Medical and sanitary report of the native army of Madras for the year
Year: 1878
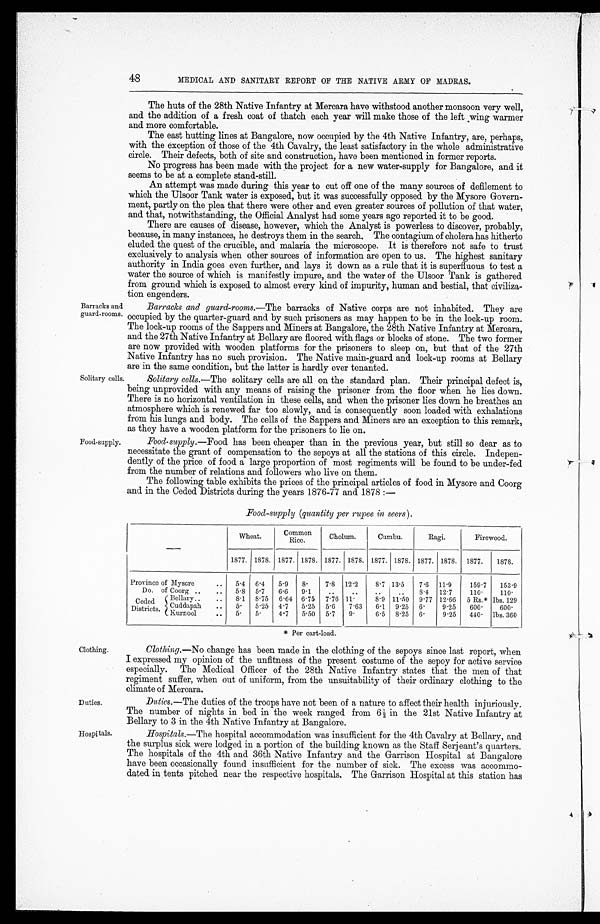
Barracks and
guard-rooms.
Solitary cells
Food-supply.
48
MEDICAL AND SANITARY REPORT OF THE NATIVE ARMY OF MADRAS.
The huts of the 28th Native Infantry at Mercara have withstood another monsoon very well,
and the addition of a fresh coat of thatch each year will make those of the left wing warmer
and more comfortable.
The east hutting lines at Bangalore, now occupied by the 4th Native Infantry, are, perhaps,
with the exception of those of the 4th Cavalry, the least satisfactory in the whole administrative
circle. Their defects, both of site and construction, have been mentioned in former reports.
No progress has been made with the project for a new water-supply for Bangalore, and it
seems to be at a complete stand-still.
An attempt was made during this year to cut off one of the many sources of defilement to
which the Ulsoor Tank water is exposed, but it was successfully opposed by the Mysore Govern-
- m e n t , p a r t l y o n t h e p l e a t h a t t h e r e w e r e o t h e r a n d e v e n g r e a t e r s o u r c e s o f p o l l u t i o n o f t h a t w a t e r ,
and that, notwithstanding, the Official Analyst had some years ago reported it to be good.
There are causes of disease, however, which the Analyst is powerless to discover, probably,
because, in many instances, he destroys them in the search. The contagium of cholera has hitherto
eluded the quest of the crucible, and malaria the microscope. It is therefore not safe to trust
exclusively to analysis when other sources of information are open to us. The highest sanitary
authority in India goes even further, and lays it down as a rule that it is superfluous to test a
water the source of which is manifestly impure, and the water of the Ulsoor Tank is gathered
from ground which is exposed to almost every kind of impurity, human and bestial, that civiliz-a-
tion engenders.
Barracks and guard-rooms.—The barracks of Native corps are not inhabited. They are
occupied by the quarter-guard and by such prisoners as may happen to be in the lock-up room.
The lock-up rooms of the Sappers and Miners at Bangalore, the 28th Native Infantry at Mercara,
and the 27th Native Infantry at Bellary are floored with flags or blocks of stone. The two former
are now provided with wooden platforms for the prisoners to sleep on, but that of the 27th
Native Infantry has no such provision. The Native main-guard and lock-up rooms at Bellary
are in the same condition, but the latter is hardly ever tenanted.
Solitary cells.— The solitary cells are all on the standard plan. Their principal defect is,
being unprovided with any means of raising the prisoner from the floor when he lies down.
There is no horizontal ventilation in these cells, and when the prisoner lies down he breathes an
atmosphere which is renewed far too slowly, and is consequently soon loaded with exhalations
from his lungs and body. The cells of the Sappers and Miners are an exception to this remark,
as they have a wooden platform for the prisoners to lie on.
Foot.-supply.—Food has been cheaper than in the previous year, but still so dear as to
necessitate the grant of compensation to the sepoys at all the stations of this circle. Indepen-
dently of the price of food a large proportion of most regiments will be found to be under-fed
from the number of relations and followers who live on them.
The following table exhibits the prices of the principal articles of food in Mysore and Coorg
and in the Ceded Districts during the years 1876-77 and 1878 :—
Food-supply (quantity per rupee in seers).
Wheat.
common
Rice.
Cholum.
Cumbu.
Ragi.
Firewood.
1877. 1878. 1877. 1878. 1877. 1878. 1877. 1878. 1877. 1878. 1877. 1878.
Province of Mysore
.. 5.4 6.4 5.9 8.
7.8 12.2
8.7 13.5 7.6 11.9
159.7 153.9
Do. of Coorg ..
.. 5.8 5.7 6.6 9.1
..
..
..
.
8.4 12.7
110.
110.
Ceded
Districts.
Bellary..
.. 8.1 8.75 6.64 6.75 7.76 11.
8.9 11.. 50 9.77 12.66 5 Rs.* lbs. 129
Cuddapah .. 5. 5.25 4.7 5.25 5.6 7.63 6.1 9.25 6.
9.25 600.
600.
Kurnool
.. 5 . 5.
4.7 5.50 5.7 9.
6.5 8.25 6.
9.25 440. lbs. 360
* Per cart-load.
Clothing.
Duties.
Hospitals.
Clothing.-No change has been made in the clothing of the sepoys since last report, when
I expressed my opinion of the unfitness of the present costume of the sepoy for active service
especially. The Medical Officer of the 28th Native Infantry states that the men of that
regiment suffer, when out of uniform, from the unsuitability of their ordinary clothing to the
climate of Mercara.
Duties.—The duties of the troops have not been of a nature to affect their health injuriously.
The number of nights in bed in the week ranged from 6 in the 21st Native Infantry at
Bellary to 3 in the 4th Native Infantry at, Bangalore.
Hospitals.—The hospital accommodation was insufficient for the 4th Cavalry at Bellary, and
the surplus sick were lodged in a portion of the building known as the Staff Serjeant's quarters.
The hospitals of the 4th and 36th Native Infantry and the Garrison Hospital at Bangalore
have been occasionally found insufficient for the number of sick. The excess was accommo-
dated in tents pitched near the respective hospitals. The Garrison Hospital at this station has